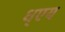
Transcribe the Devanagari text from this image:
ध्एय